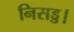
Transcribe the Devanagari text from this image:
निसड्ड।